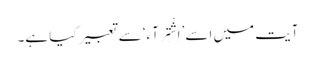
آیت میں اِسے ’اِشْتِرَآء‘ سے تعبیر کیا ہے۔